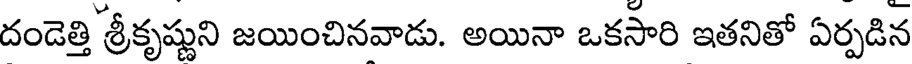
దండెత్తి శ్రీకృష్ణుని జయించినవాడు. అయినా ఒకసారి ఇతనితో ఏర్పడిన